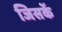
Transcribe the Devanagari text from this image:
जिसकें